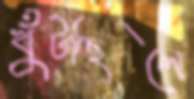
খুঁটছিলে